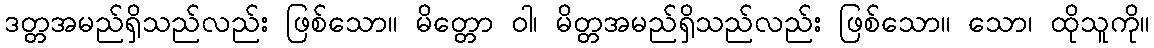
ဒတ္တအမည်ရှိသည်လည်း ဖြစ်သော။ မိတ္တော ဝါ၊ မိတ္တအမည်ရှိသည်လည်း ဖြစ်သော။ သော၊ ထိုသူကို။